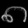
Digit: ၈